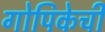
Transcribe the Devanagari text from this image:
गोपिकेची